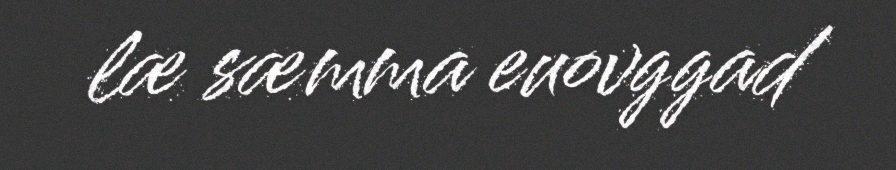
læ sæmma euovggad